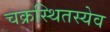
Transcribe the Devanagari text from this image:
चक्रस्थितस्येव